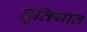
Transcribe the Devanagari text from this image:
तृतियात